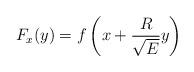
LaTeX: \begin{align*}F_x(y)= f\left( x+ \frac{R}{\sqrt{E}}y\right) \end{align*}